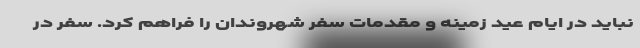
نباید در ایام عید زمینه و مقدمات سفر شهروندان را فراهم کرد. سفر در